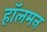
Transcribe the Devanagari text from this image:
हॉलमन